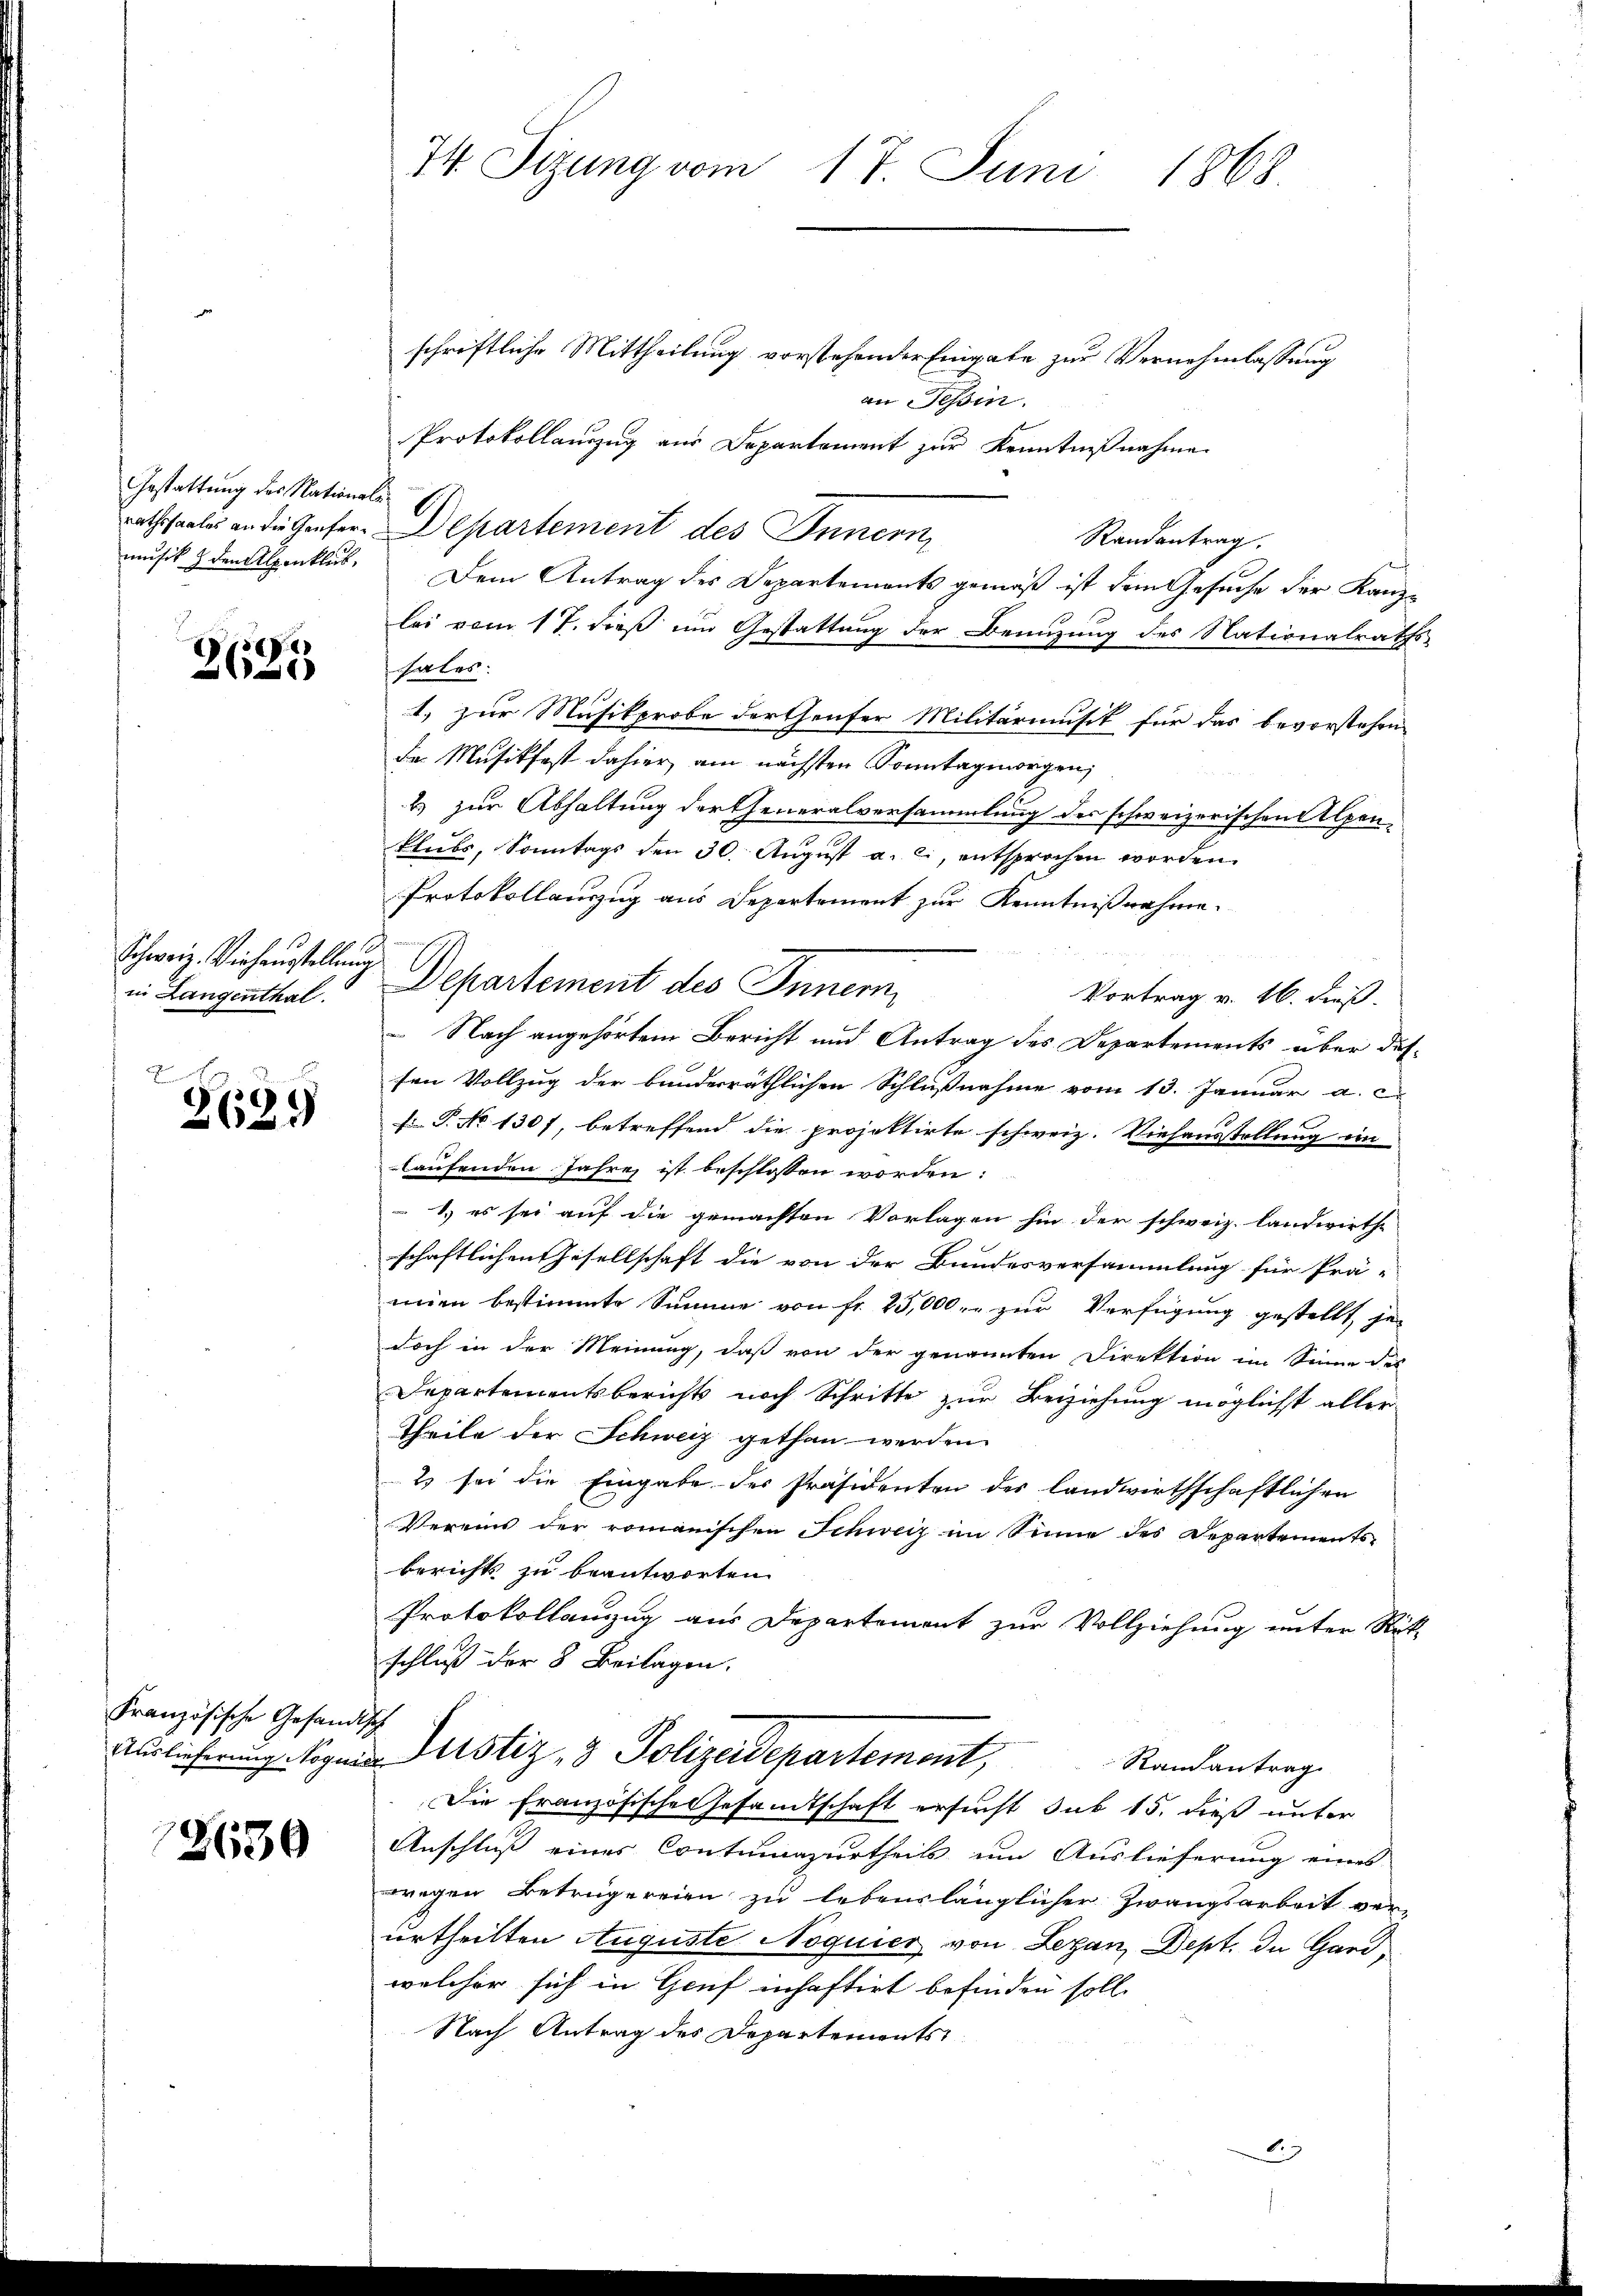
Gestattung des Nationals
musik & den Alpenblick,

3625

Schweiz. Viehaustellung
in Langenthal.
A

262.

Französische Gefändisch

2630

74. Sitzung vom 17. Juni 1868

schriftliche Mittheilung vorstehender Eingabe zur Vernehmlassung
an Tessin.
Protokollanzug aus Departement zur Kenntnißnahme
E
rathssaales an die Genfer-Departement des Innern,
Randantrag
Dem Antrag des Departements gemäß ist dem Gesuche der Kanzlei vom 17. dieß im Gestattung der Benuzung des Nationalraths-
hales.
1. zur Musikprobe der Genfer Militärmusik für das bevorstehen
de Musikfast dahier am nächsten Sonntagmorgen,
2 zur Abhaltung der Generalversammlung des schweizerischen Alpen¬
Blubs, Sonntags den 30. August a. c., entsprochen worden.
Protokollauszug aus Departemont zur Kenntnißnahme.
Departement des Innern,
Vortrag v. 16. dieß.
 Nach angehörtem Bericht und Antrag des Departements über dessen Vollzug der bunderräthlichen Schlußnahme vom 13. Januar a. c.
F. P. No 1301, betreffend die projektirte schweiz. Viehausstellung ein
laufenden Jahre ist beschlossen worden:
1.) es sei auf die gemachten Vorlagen hin der schweiz. Landwirthe
schaftlichen Gesellschaft die von der Bundesversammlung für Prä-
mien bestimmte Summe von fr. 25,000. zur Verfügung gestellt, jedoch in der Meinung, daß von der genannten Direktion im Sinne des
Departementsberichts noch Schritte zur Beziehung möglichst aller
Theile der Schweiz gethan werden.
2 sei die Eingabe des Präsidenten des landwirthschaftlichen
Vereins der romanischen Schweiz im Sinne des Departements-
berichts zu beantworten
Protokollanzug aus Departemont zur Vollziehung unter Rükschluß der 8 Beilagen.
Auslieferungs kognia Justiz & Polizeidepartement,
Randantrag
Die Französische Gesandtschaft ersucht sub 15. dieß unter
Anschluß eines Contumazurtheils um Auslieferung eines
wegen Betrügereien zu lebenslänglicher Zwangsarbeit ver-
urtheilten Auguste Noquier von Lezan, Dept. In Gardwelcher sich in Genf inhaftirt befinden soll.
Nach Antrag des Departements
.

h